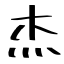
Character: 杰